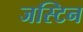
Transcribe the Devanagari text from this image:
जस्‍टिन